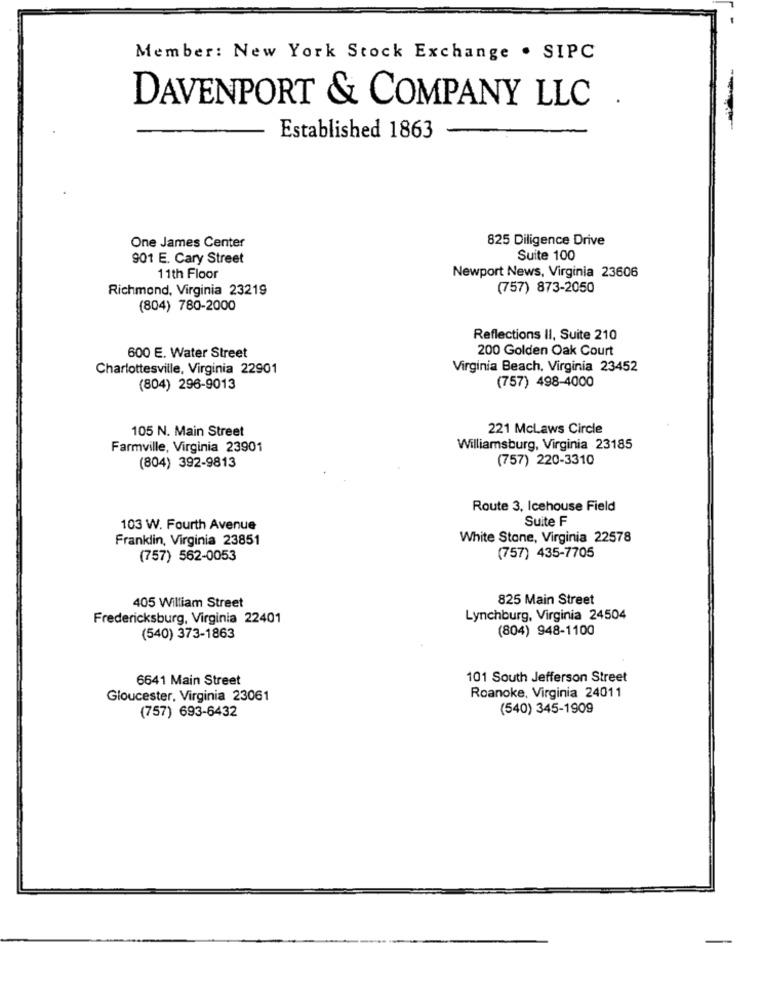
Member: New York Stock Exchange . SIPC
DAVENPORT & COMPANY LLC .
Established 1863
825 Diligence Drive
One James Center
901 E. Cary Street
Suite 100
Newport News, Virginia 23606
11th Floor
Richmond, Virginia 23219
(757) 873-2050
(804) 780-2000
Reflections II, Suite 210
200 Golden Oak Court
600 E. Water Street
Charlottesville, Virginia 22901
Virginia Beach, Virginia 23452
(757) 498-4000
(804) 296-9013
105 N. Main Street
221 McLaws Circle
Farmville, Virginia 23901
Williamsburg, Virginia 23185
(804) 392-9813
(757) 220-3310
Route 3, Icehouse Field
Suite F
103 W. Fourth Avenue
Franklin, Virginia 23851
White Stone, Virginia 22578
(757) 562-0053
(757) 435-7705
825 Main Street
405 William Street
Fredericksburg, Virginia 22401
Lynchburg, Virginia 24504
(804) 948-1100
(540) 373-1863
6641 Main Street
101 South Jefferson Street
Gloucester, Virginia 23061
Roanoke, Virginia 24011
(757) 693-6432
(540) 345-1909